Riigikantselei, lk 3
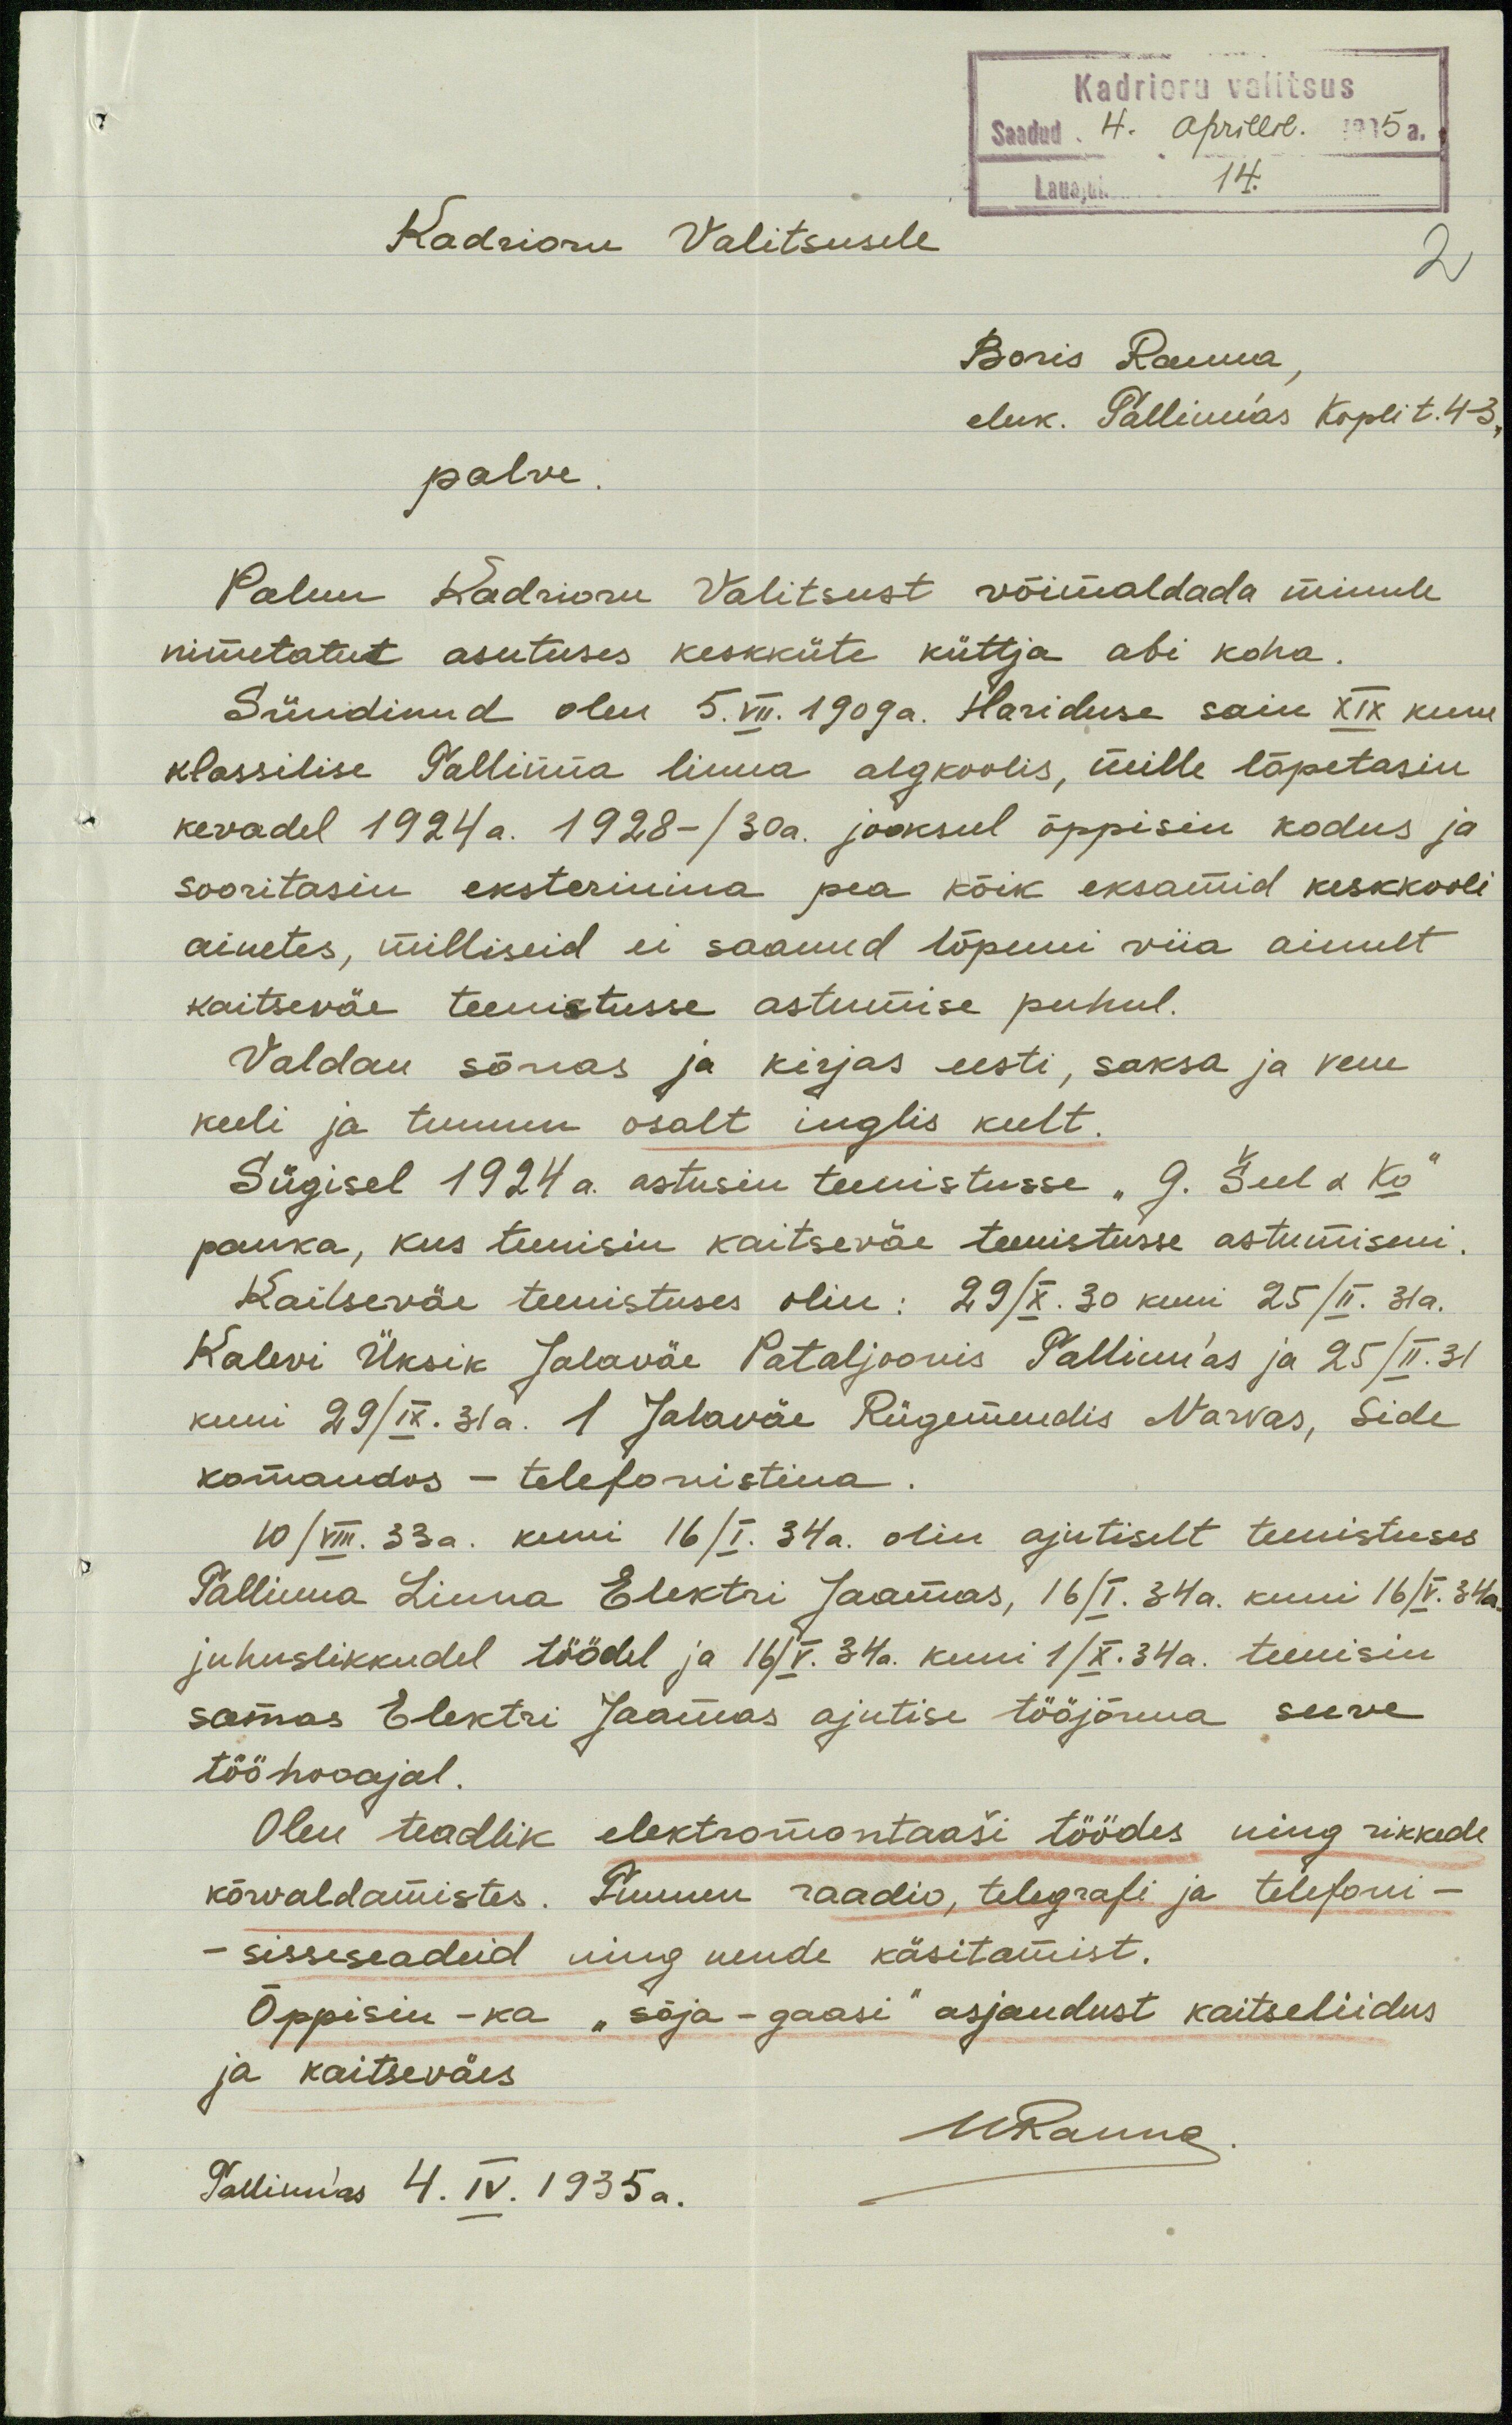
Kadrioru valitsus
Saadud. 4. aprillil. 1935 a.
Lauajuh 14.
Kadrioru Valitsusele
2
Boris Ranna,
eluk. Tallinn'as Kopli t. 4-3
palve.
Palun Kadrioru Valitsust võimaldada minule
nimetatut asutuses keskküte küttja abi koha.
Sündinud olen 5. VII. 1909a. Hariduse sain XIX kuue
klassilise Tallinna linna algkoolis, mille lõpetasin
kevadel 1924 a. 1928-/30a. jooksul õppisin kodus ja
sooritasin eksterinina pea kõik eksamid keskkooli
ainetes, milliseid ei saanud lõpuni viia ainult
kaitseväe teenistusse astumise puhul.
Valdan sõnas ja kirjas eesti, saksa ja vene
keeli ja tunnu osalt inglis keelt.
Sügisel 1924 a. astusin teenistusse "G. Šeel & Ko"
panka, kus teenisin kaitseväe teenistusse astumiseni.
Kaitseväe teenistuses olin: 29/X. 30 kuni 25/II. 31a.
Kalevi Üksik Jalaväe Pataljoonis Tallinn'as ja 25/II. 31
kuni 29/X. 31a. 1 Jalaväe Rügemendis Narvas, Side
komandos - telefonistina
10/VIII. 33a. kuni 16/I. 34a. olin ajutiselt teenistuses
Tallinna Linna Elektri Jaamas, 16/I. 34a. kuni 16/V. 34 a.
juhuslikkudel töödel ja 16/V. 34a. kuni 1/X. 34a. teenisin
samas Elektri Jaamas ajutise tööjõuna suve
tööhooajal.
Olen teadlik elektromontaaši töödes ning rikkede
kõrvaldamistes. Tunnen raadio, telegrafi ja telefoni-
- sisseseadeid ning nende käsitamist.
Õppisin - ka "sõja-gaasi" asjandust kaitseliidus
ja kaitseväes
BRanna
Tallinn'as 4. IV. 1935 a.